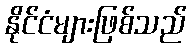
နိုင်ငံများဖြစ်သည်